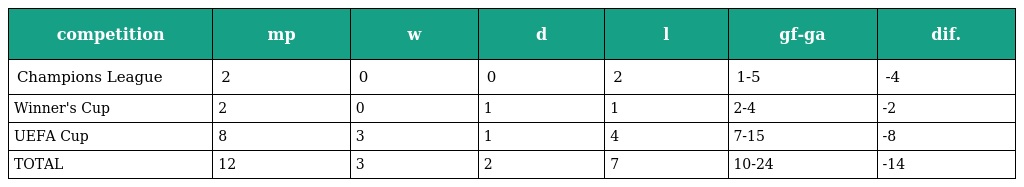
| competition | mp | w | d | l | gf-ga | dif. |
 | --- | --- | --- | --- | --- | --- | --- |
 | Champions League | 2 | 0 | 0 | 2 | 1-5 | -4 |
 | Winner's Cup | 2 | 0 | 1 | 1 | 2-4 | -2 |
 | UEFA Cup | 8 | 3 | 1 | 4 | 7-15 | -8 |
 | TOTAL | 12 | 3 | 2 | 7 | 10-24 | -14 |